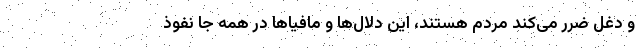
و دغل ضرر می‌کند مردم هستند، این دلال‌ها و مافیاها در همه جا نفوذ